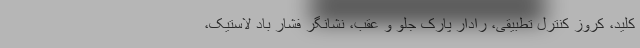
کلید، کروز کنترل تطبیقی، رادار پارک جلو و عقب، نشانگر فشار باد لاستیک،